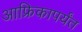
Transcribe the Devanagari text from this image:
आफ्रिकापर्यंत